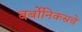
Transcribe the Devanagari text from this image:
बर्बोनिकसचे